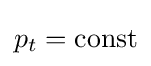
p_{t}=\mathrm {const}